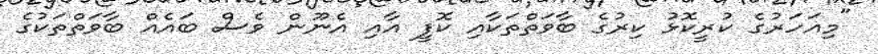
"މިއަހަރުގެ ކުރީކޮޅު ކިރުގެ ބާވަތްތަކާއި ކޮފީ އާއި އެނޫން ވެސް ބައެއް ބާވަތްތަކުގެ